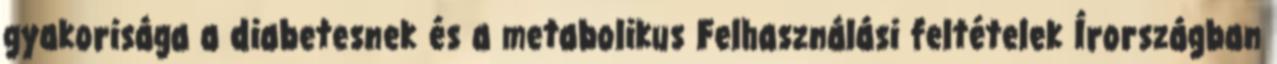
gyakorisága a diabetesnek és a metabolikus Felhasználási feltételek Írországban